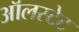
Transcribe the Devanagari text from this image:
ऑलस्टेट